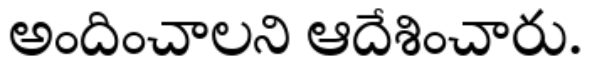
అందించాలని ఆదేశించారు.